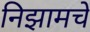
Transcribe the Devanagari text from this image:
निझामचें